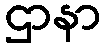
ဌာနာ